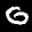
Label: 0